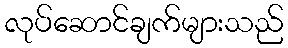
လုပ်ဆောင်ချက်များသည်